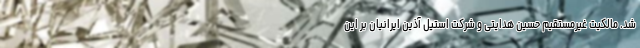
شد. مالکیت غیرمستقیم حسین هدایتی و‌ شرکت استیل آذین ايرانيان بر این